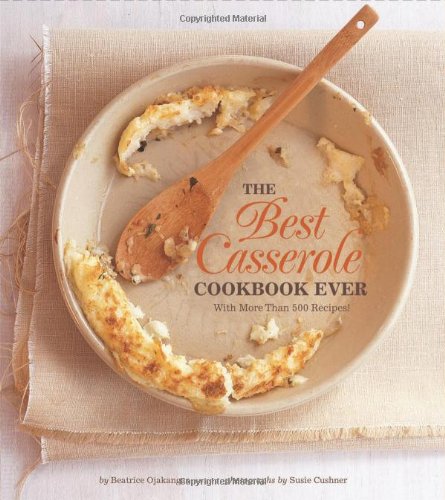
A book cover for The Best Casserole Cookbook Ever; Beatrice Ojakangas; Cookbooks, Food & Wine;